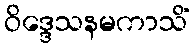
ဝိဒ္ဒေသနမကာသိံ